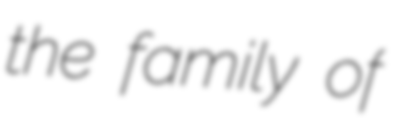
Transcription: the family of